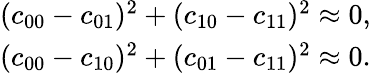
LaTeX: \begin{array}{r}{(c_{00}-c_{01})^{2}+(c_{10}-c_{11})^{2}\approx 0,}\\ {(c_{00}-c_{10})^{2}+(c_{01}-c_{11})^{2}\approx 0.}\end{array}